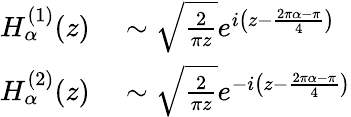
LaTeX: \begin{array}{rl}{H_{\alpha}^{(1)}(z)}&{{}\sim{\sqrt{\frac{2}{\pi z}}}e^{i\left(z-{\frac{2\pi\alpha-\pi}{4}}\right)}}\\ {H_{\alpha}^{(2)}(z)}&{{}\sim{\sqrt{\frac{2}{\pi z}}}e^{-i\left(z-{\frac{2\pi\alpha-\pi}{4}}\right)}}\end{array}